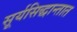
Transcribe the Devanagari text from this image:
सूर्यसिद्धान्तात